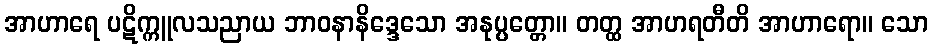
အာဟာရေ ပဋိက္ကူလသညာယ ဘာဝနာနိဒ္ဒေသော အနုပ္ပတ္တော။ တတ္ထ အာဟရတီတိ အာဟာရော။ သော